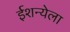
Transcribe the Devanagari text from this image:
ईशन्येला